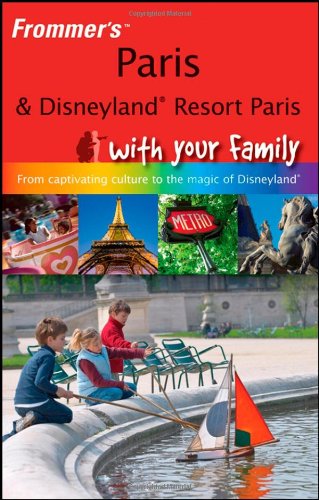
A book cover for Frommer's Paris and Disneyland Resort Paris With Your Family: From Captivating Culture to the Magic of Disneyland (Frommers With Your Family Series); Anna E. Brooke; Travel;